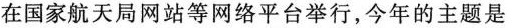
在国家航天局网站等网络平台举行，今年的主题是